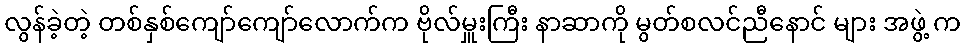
လွန်ခဲ့တဲ့ တစ်နှစ်ကျော်ကျော်လောက်က ဗိုလ်မှူးကြီး နာဆာကို မွတ်စလင်ညီနောင် များ အဖွဲ့ က